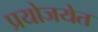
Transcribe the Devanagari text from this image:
प्रयोजयेत